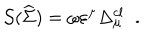
LaTeX: { \cal S } ( \widehat { \Sigma } ) \; { \cal = \; } \omega \varepsilon ^ { \mu } \Delta _ { \mu } ^ { c l } \; \; .